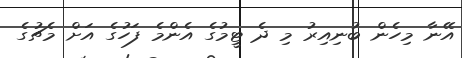
އޭނާ މިހެން ބުނިއިރު މި ދެ ޓީމުގެ އެންމެ ފަހުގެ އަށް މެޗުގެ